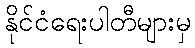
နိုင်ငံရေးပါတီများမှ